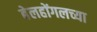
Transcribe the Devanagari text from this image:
बेलहोंगलच्या